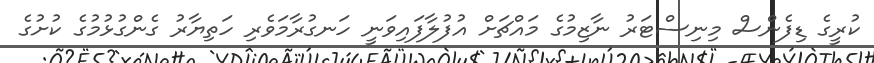
ކުރީގެ ޑިފެންސް މިނިސްޓަރު ނާޒިމުގެ މައްޗަށް އުފުލާފައިވަނީ ހަނގުރާމަވެރި ހަތިޔާރު ގެންގުޅުމުގެ ކުށުގެ